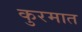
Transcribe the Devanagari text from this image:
कुरमात